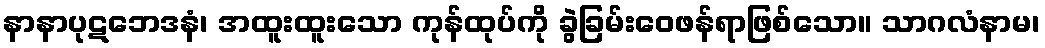
နာနာပုဋဘေဒနံ၊ အထူးထူးသော ကုန်ထုပ်ကို ခွဲခြမ်းဝေဖန်ရာဖြစ်သော။ သာဂလံနာမ၊